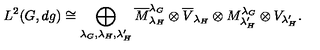
L ^ { 2 } ( G , d g ) \cong \bigoplus _ { \lambda _ { G } , \lambda _ { H } , \lambda _ { H } ^ { \prime } } \overline { { M } } _ { \lambda _ { H } } ^ { \lambda _ { G } } \otimes \overline { { V } } _ { { \lambda _ { H } } } \otimes M _ { \lambda _ { H } ^ { \prime } } ^ { \lambda _ { G } } \otimes V _ { \lambda _ { H } ^ { \prime } } .